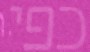
כפי